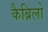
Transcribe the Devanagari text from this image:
कैब्रिलो